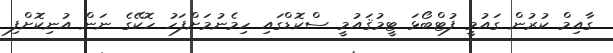
ގާއިމް ކުރުން ގައުމީ ފުޓްބޯޅަ ޓީމުޤައުމީ ސްކޮޑްގައި ހިމެނުމަށްފަހު ހޮކޭގެ ނަން އުނިކޮށްފި